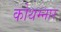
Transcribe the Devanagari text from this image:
कोथम्नार